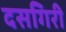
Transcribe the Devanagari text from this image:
दसगिरी